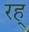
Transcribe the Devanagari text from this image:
रह्